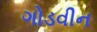
ગોડવીન